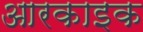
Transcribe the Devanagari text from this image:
आरकाइक